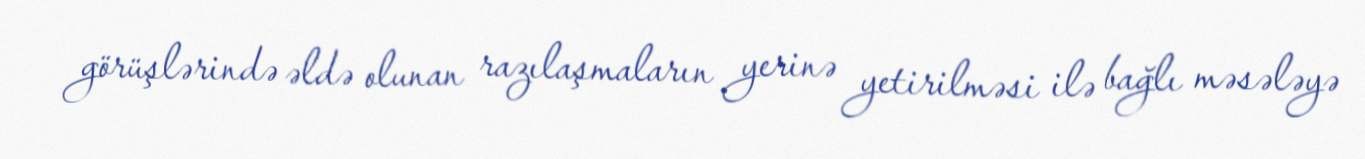
görüşlərində əldə olunan razılaşmaların yerinə yetirilməsi ilə bağlı məsələyə